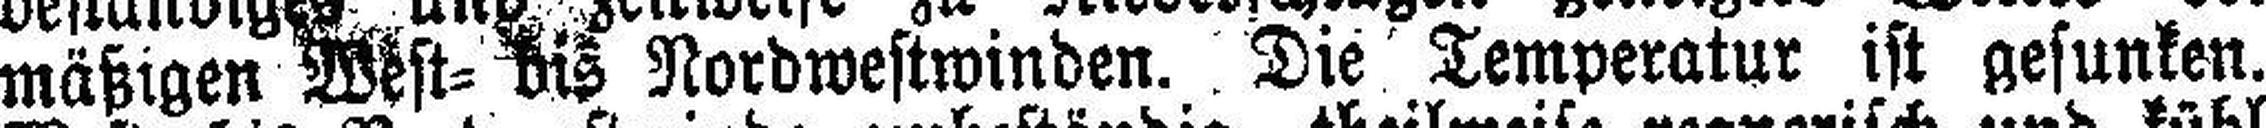
mäßigen West= bis Nordwestwinden. Die Temperatur ist gesunken.